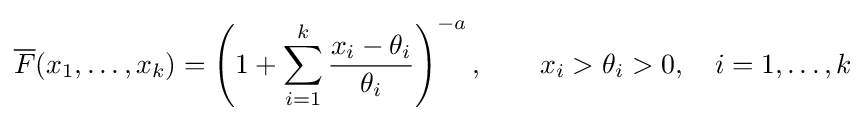
{\overline {F}}(x_{1},\dots ,x_{k})=\left(1+\sum _{i=1}^{k}{\frac {x_{i}-\theta _{i}}{\theta _{i}}}\right)^{-a},\qquad x_{i}>\theta _{i}>0,\quad i=1,\dots ,k